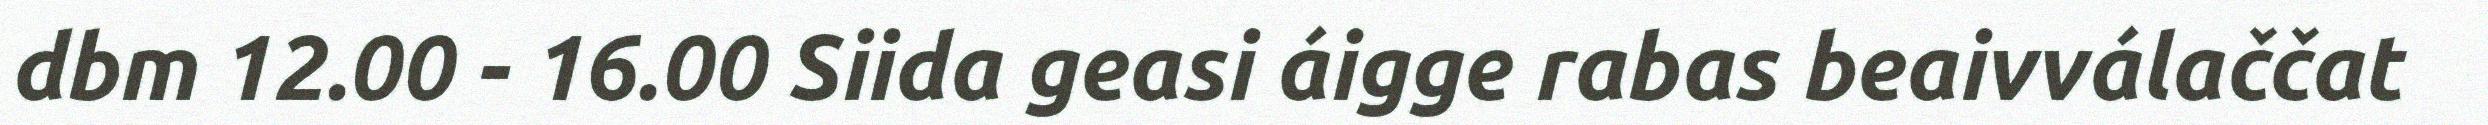
dbm 12.00 - 16.00 Siida geasi áigge rabas beaivválaččat